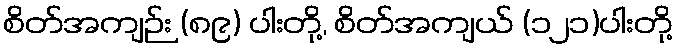
စိတ်အကျဉ်း (၈၉) ပါးတို့, စိတ်အကျယ် (၁၂၁)ပါးတို့